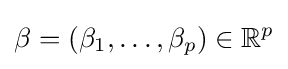
\beta =(\beta _{1},\dots ,\beta _{p})\in \mathbb {R} ^{p}